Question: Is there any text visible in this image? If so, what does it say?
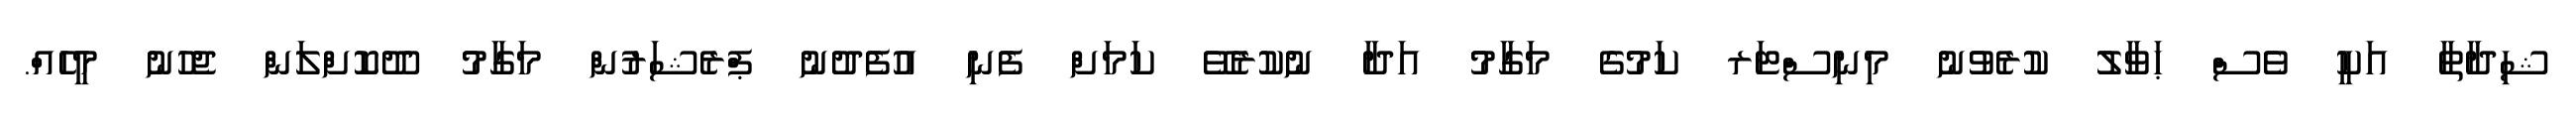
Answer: ޝިދާތާ އަކީ ވެސް ޙަވާލު ކުރެވުނު މިނިސްޓަރ ކަމުގެ މަގާމު އަދާ ނުކުރެވޭ ކަމަށް ފެނި އުފެދުނު ޕްރެޝަރުން މަގާމު ދޫކޮށްލަން ޖެހުނު މީހެއް.